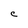
Character: C